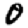
Digit: 0